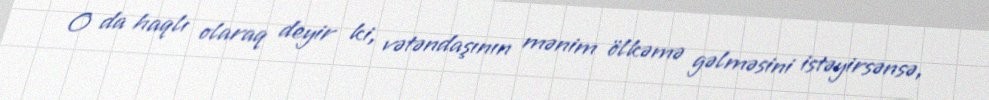
O da haqlı olaraq deyir ki, vətəndaşının mənim ölkəmə gəlməsini istəyirsənsə,